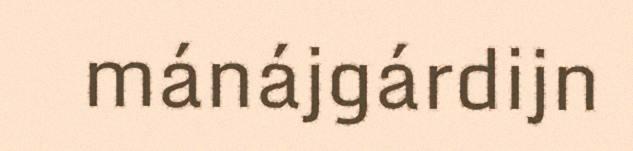
mánájgárdijn